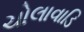
ચોલાવાડિ